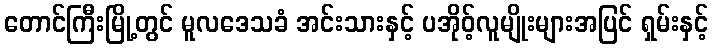
တောင်ကြီးမြို့တွင် မူလဒေသခံ အင်းသားနှင့် ပအိုဝ့်လူမျိုးများအပြင် ရှမ်းနှင့်